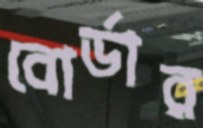
বোর্ডার